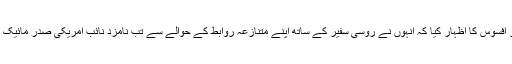
اپنے استعفے کی درخواست میں فلین نے اس امر پر افسوس کا اظہار کیا کہ اُنہوں نے روسی سفیر کے ساتھ اپنے متنازعہ روابط کے حوالے سے تب نامزد نائب امریکی صدر مائیک پینس اور دیگر کو نامکمل معلومات فراہم کی تھیں۔